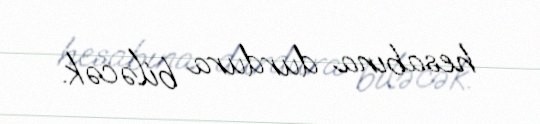
hesabına durdura biləcək.